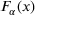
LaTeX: F _ { \alpha } ( x )